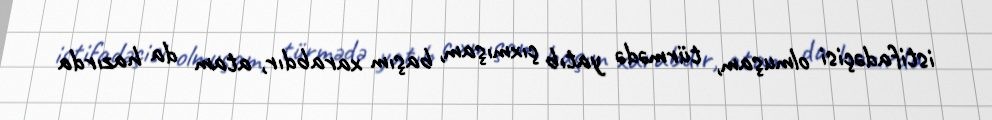
istifadəçisi olmuşam, türmədə yatıb çıxmışam, başım xarabdır, atam da hazırda